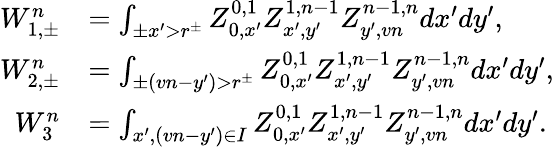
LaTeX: \begin{array}{rl}{W_{1,\pm}^{n}}&{=\int_{\pm x^{\prime}>r^{\pm}}Z_{0,x^{\prime}}^{0,1}Z_{x^{\prime},y^{\prime}}^{1,n-1}Z_{y^{\prime},vn}^{n-1,n}dx^{\prime}dy^{\prime},}\\ {W_{2,\pm}^{n}}&{=\int_{\pm(vn-y^{\prime})>r^{\pm}}Z_{0,x^{\prime}}^{0,1}Z_{x^{\prime},y^{\prime}}^{1,n-1}Z_{y^{\prime},vn}^{n-1,n}dx^{\prime}dy^{\prime},}\\ {W_{3}^{n}}&{=\int_{x^{\prime},(vn-y^{\prime})\in I}Z_{0,x^{\prime}}^{0,1}Z_{x^{\prime},y^{\prime}}^{1,n-1}Z_{y^{\prime},vn}^{n-1,n}dx^{\prime}dy^{\prime}.}\end{array}